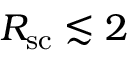
R _ { \mathrm { s c } } \lesssim 2